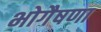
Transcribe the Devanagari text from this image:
भोगैषणा